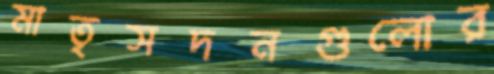
মাতৃসদনগুলোর